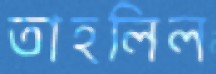
তাহলিল